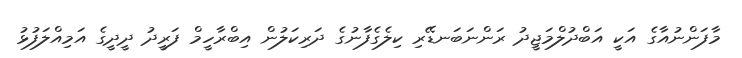
މާފަންނުއާގެ އަކީ އަބްދުލްމަޖީދު ރަންނަބަނޑޭރި ކިލެގެފާނުގެ ދަރިކަލުން އިބްރާހީމް ފަރީދު ދީދީގެ އަމިއްލަފުޅު